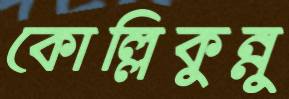
কোল্লিকুন্নু